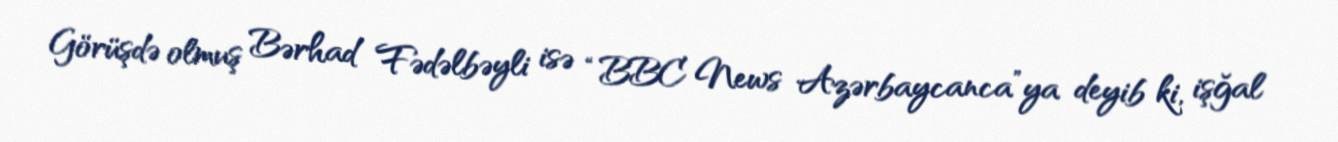
Görüşdə olmuş Bərhad Fədəlbəyli isə “BBC News Azərbaycanca”ya deyib ki, işğal